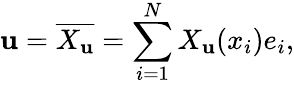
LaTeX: \mathbf{u}=\overline{{{X_{\mathbf{u}}}}}=\sum_{i=1}^{N}X_{\mathbf{u}}(x_{i})e_{i},